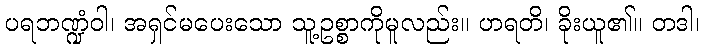
ပရဘဏ္ဍံဝါ၊ အရှင်မပေးသော သူ့ဥစ္စာကိုမူလည်း။ ဟရတိ၊ ခိုးယူ၏။ တဒါ၊